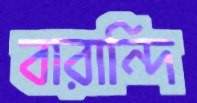
বারান্দি